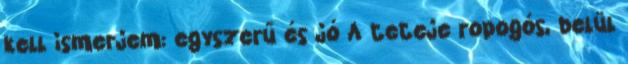
kell ismerjem: egyszerű és jó A teteje ropogós, belül